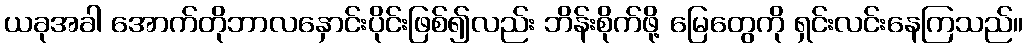
ယခုအခါ အောက်တိုဘာလနှောင်းပိုင်းဖြစ်၍လည်း ဘိန်းစိုက်ဖို့ မြေတွေကို ရှင်းလင်းနေကြသည်။